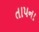
તાપના